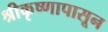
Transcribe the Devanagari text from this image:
श्रीकृष्णापासून